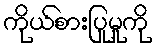
ကိုယ်စားပြုမှုကို